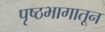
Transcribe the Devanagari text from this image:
पृष्ठभागातून